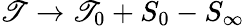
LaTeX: \mathscr{T}\rightarrow\mathscr{T}_{0}+S_{0}-S_{\infty}